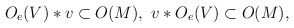
\begin{align*}O_e (V) * v \subset O(M),\,\,v * O_e (V) \subset O(M), \end{align*}